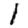
Digit: 1